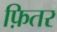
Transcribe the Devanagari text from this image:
फ़ितर